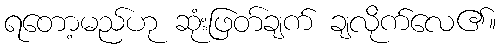
ရတော့မည်ဟု ဆုံးဖြတ်ချက် ချလိုက်လေ၏။